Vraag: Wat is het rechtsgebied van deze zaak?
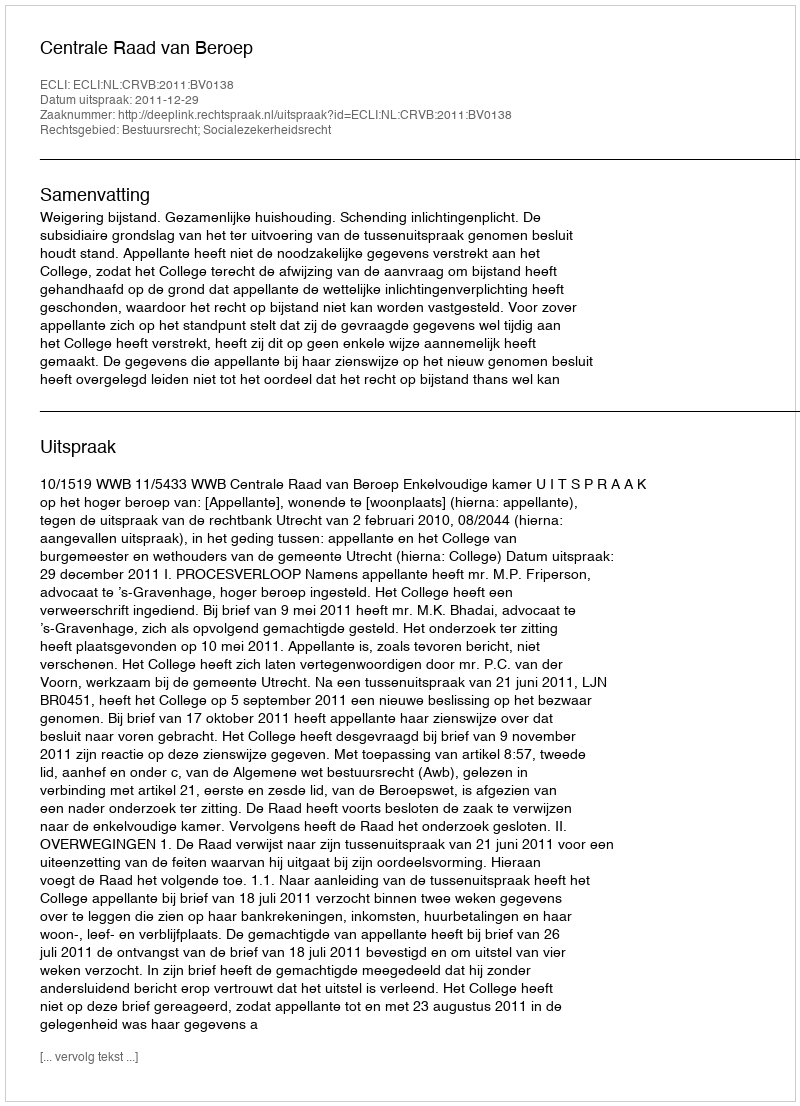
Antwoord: Bestuursrecht; Socialezekerheidsrecht